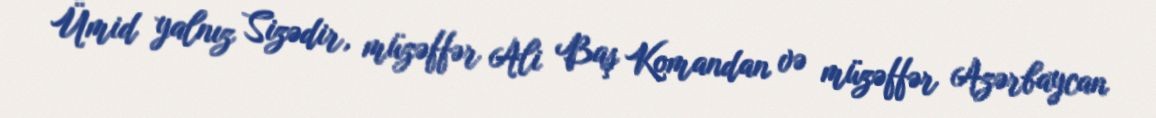
Ümid yalnız Sizədir, müzəffər Ali Baş Komandan və müzəffər Azərbaycan